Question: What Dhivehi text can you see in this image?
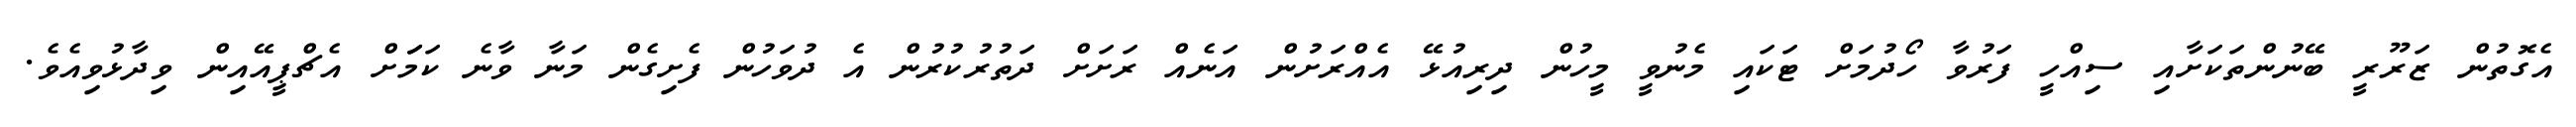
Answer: އެގޮތުން ޒަރޫރީ ބޭނުންތަކަށާއި ސިއްހީ ފަރުވާ ހޯދުމަށް ޓަކައި މެނުވީ މީހުން ދިރިއުޅޭ އެއްރަށުން އަނެއް ރަށަށް ދަތުރުކުރުން އެ ދުވަހުން ފެށިގެން މަނާ ވާނެ ކަމަަށް އެޗްޕީއޭއިން ވިދާޅުވިއެވެ.